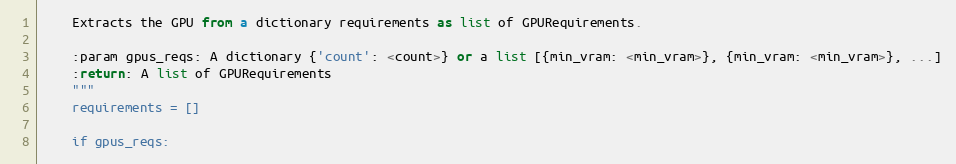
Language: Python
    Extracts the GPU from a dictionary requirements as list of GPURequirements.

    :param gpus_reqs: A dictionary {'count': <count>} or a list [{min_vram: <min_vram>}, {min_vram: <min_vram>}, ...]
    :return: A list of GPURequirements
    """
    requirements = []

    if gpus_reqs: